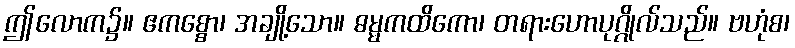
ဤလောက၌။ ဧကစ္စော၊ အချို့သော။ ဓမ္မကထိကော၊ တရားဟောပုဂ္ဂိုလ်သည်။ ဗဟုံစ၊